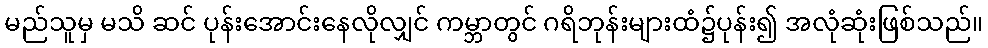
မည်သူမှ မသိ ဆင် ပုန်းအောင်းနေလိုလျှင် ကမ္ဘာတွင် ဂရိဘုန်းများထံ၌ပုန်း၍ အလုံဆုံးဖြစ်သည်။